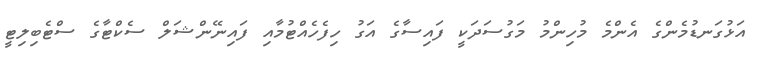
އަޅުގަނޑުމެންގެ އެންމެ މުހިންމު މަގުސަދަކީ ފައިސާގެ އަގު ހިފެހެއްޓުމާއި ފައިނޭންޝަލް ސެކްޓާގެ ސްޓެބިލިޓީ